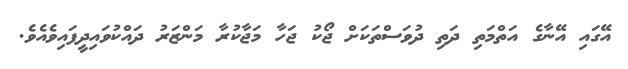
އޭގައި އޭނާގެ އަތްމަތި ދަތި ދުވަސްތަކަށް ޖޯކު ޖަހާ މަޖާކުރާ މަންޒަރު ދައްކުވައިދީފައިވެއެވެ.